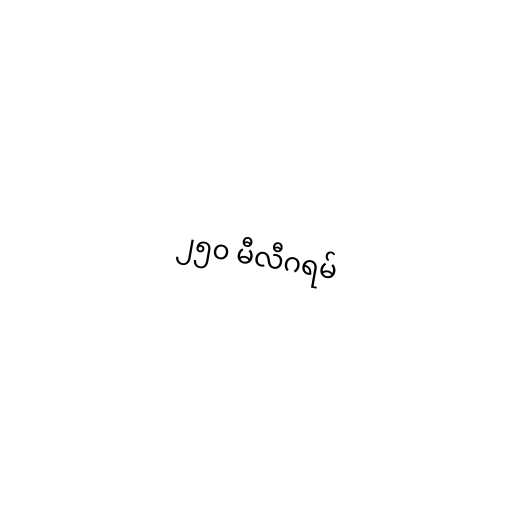
၂၅၀ မီလီဂရမ်